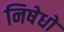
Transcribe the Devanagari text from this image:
निषेधो